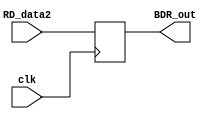
`timescale 1ns / 1ps
//////////////////////////////////////////////////////////////////////////////////
// Company: 
// Engineer: 
// 
// Design Name: 
// Module Name: BDR
// Project Name: 
// Target Devices: 
// Tool Versions: 
// Description: 
// 
// Dependencies: 
// 
// Revision:
// Revision 0.01 - File Created
// Additional Comments:
// 
//////////////////////////////////////////////////////////////////////////////////


module BDR(
    input [31:0] RD_data2,
    input clk,
    output reg [31:0] BDR_out
    );
    
    always@ (posedge clk) begin
        BDR_out = RD_data2;
    end
    
endmodule